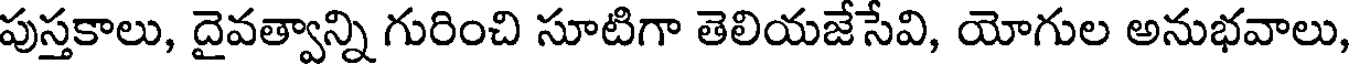
పుస్తకాలు, దైవత్వాన్ని గురించి సూటిగా తెలియజేసేవి, యోగుల అనుభవాలు,